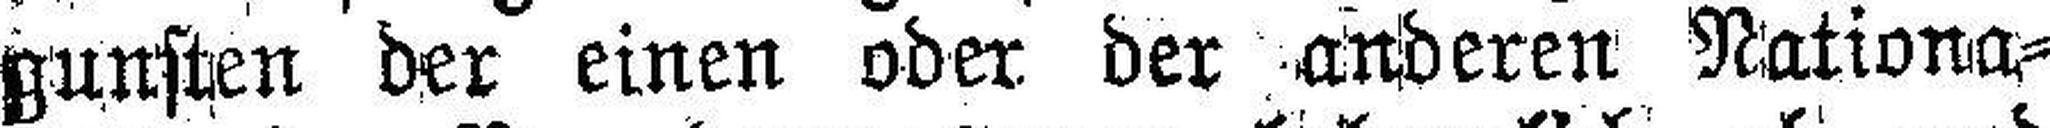
gunsten der einen oder der anderen Nationa¬